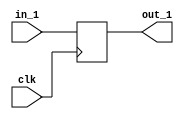
module simple_dflop (
    in_1,
    clk,
    out_1
);

input in_1;
input clk;
// output must be register
output out_1;
reg out_1;

// always block with sensitivity list clk 
always @(posedge clk) begin
    out_1 <= in_1;
end
    
endmodule